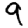
Digit: 9